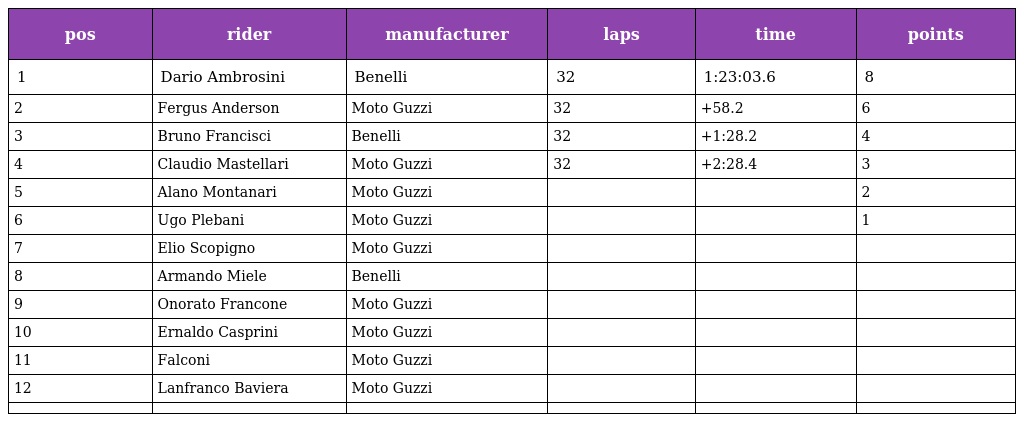
| pos | rider | manufacturer | laps | time | points |
 | --- | --- | --- | --- | --- | --- |
 | 1 | Dario Ambrosini | Benelli | 32 | 1:23:03.6 | 8 |
 | 2 | Fergus Anderson | Moto Guzzi | 32 | +58.2 | 6 |
 | 3 | Bruno Francisci | Benelli | 32 | +1:28.2 | 4 |
 | 4 | Claudio Mastellari | Moto Guzzi | 32 | +2:28.4 | 3 |
 | 5 | Alano Montanari | Moto Guzzi |  |  | 2 |
 | 6 | Ugo Plebani | Moto Guzzi |  |  | 1 |
 | 7 | Elio Scopigno | Moto Guzzi |  |  |  |
 | 8 | Armando Miele | Benelli |  |  |  |
 | 9 | Onorato Francone | Moto Guzzi |  |  |  |
 | 10 | Ernaldo Casprini | Moto Guzzi |  |  |  |
 | 11 | Falconi | Moto Guzzi |  |  |  |
 | 12 | Lanfranco Baviera | Moto Guzzi |  |  |  |
 |  |  |  |  |  |  |